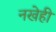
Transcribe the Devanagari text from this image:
नखेही